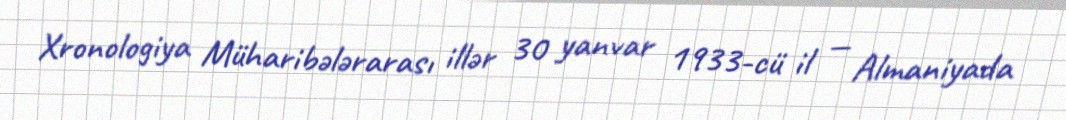
Xronologiya Müharibələrarası illər 30 yanvar 1933-cü il — Almaniyada